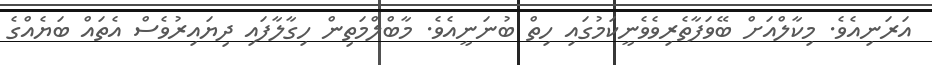
އަރަނިއެވެ. މިކާލްއަށް ބޭވަފާތެރިވެވެނީކަމުގައި ހިތް ބުނަނީއެވެ. މާބްލްމަތިން ހިގާލާފައި ދިޔައިރުވެސް އެތައް ބަޔެއްގެ